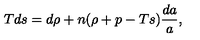
T d s = d \rho + n ( \rho + p - T s ) { \frac { d a } { a } } ,